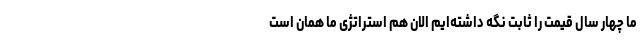
ما چهار سال قیمت را ثابت نگه داشته‌ایم الان هم استراتژی ما همان است